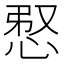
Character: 𢚫